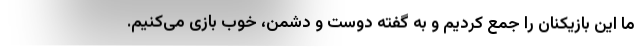
ما این بازیکنان را جمع کردیم و به گفته دوست و دشمن، خوب بازی می‌کنیم.